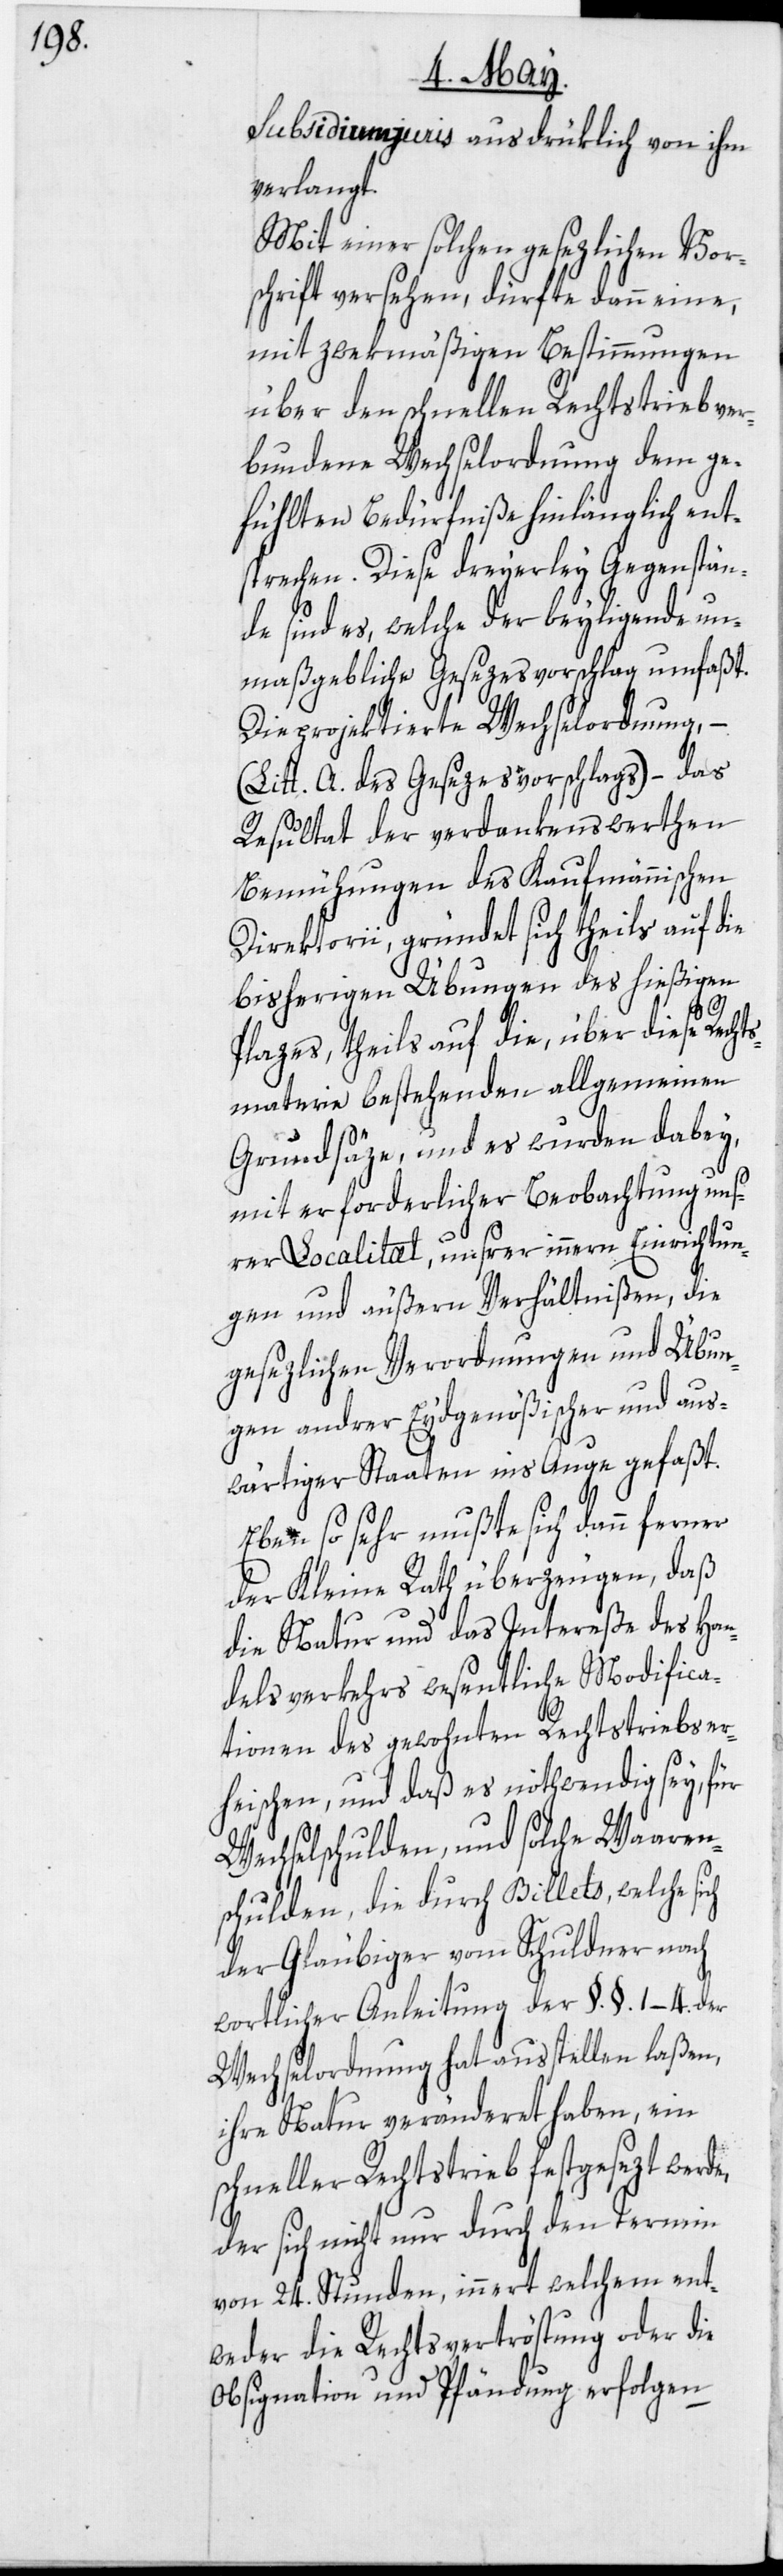
Subsidium juris ausdrüklich von ihm
verlangt.
Mit einer solchen gesezlichen Vor¬
schrift versehen, dürfte dann eine,
mit zwekmäßigen Bestimmungen
über den schnellen Rechtstrieb ver¬
bundene Wechselordnung dem ge¬
fühlten Bedürfniße hinlänglich ent¬
sprechen. Diese dreyerley Gegenstän¬
de sind es, welche der beyligende un¬
maßgebliche Gesezesvorschlag umfaßt.
Die projektierte Wechselordnung, –
(Litt. A. des Gesezesvorschlags) – das
Resultat der verdankenswerthen
Bemühungen des Kaufmännischen
Direktorii, gründet sich theils auf die
bisherigen Übungen des hießigen
Plazes, theils auf die, über diese Recht¬
smaterie bestehenden allgemeinen
Grundsäze, und es wurden dabey,
mit erforderlicher Beobachtung uns¬
rer Localitæt, unsrer innern Einrichtun¬
gen und äußern Verhältnißen, die
gesezlichen Verordnungen und Übun¬
gen andrer Eydgenößischer und aus¬
wärtiger Staaten ins Auge gefaßt.
Eben so sehr mußte sich dann ferner
der Kleine Rath überzeugen, daß
die Natur und das Intereße des Han¬
delsverkehrs wesentliche Modifica¬
tionen des gewohnten Rechtstriebs er¬
heischen, und daß es nothwenig sey, für
Wechselschulden, und solche Waaren¬
schulden, die durch Billets, welche
der Gläubiger vom Schuldner nach
wortlicher Anleitung der §.§. 1–4. der
Wechselordnung hat ausstellen laßen,
ihre Natur veränderet haben, ein
schneller Rechtstrieb festgesezt werde,
der sich nicht nur durch den Termin
von 24. Stunden, innert welchem ent¬
weder die Rechtsvertröstung oder die
Obsignation und Pfändung erfolgen